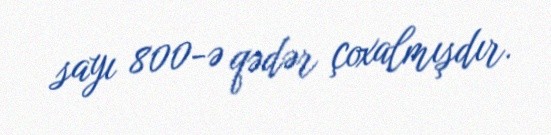
sayı 800-ə qədər çoxalmışdır.